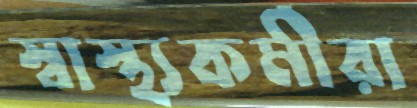
স্বাস্থ্যকর্মীরা